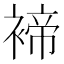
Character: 褅